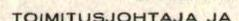
TOIMITUSJOHTAJA JA